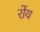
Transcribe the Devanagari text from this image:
रोंय